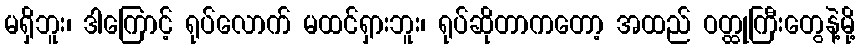
မရှိဘူး၊ ဒါကြောင့် ရုပ်လောက် မထင်ရှားဘူး၊ ရုပ်ဆိုတာကတော့ အထည် ဝတ္ထုကြီးတွေနဲ့မို့